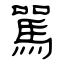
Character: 駡